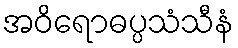
အဝိရောဓပ္ပသံသီနံ